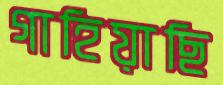
গাহিয়াছি